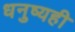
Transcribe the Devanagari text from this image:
धनुष्यही